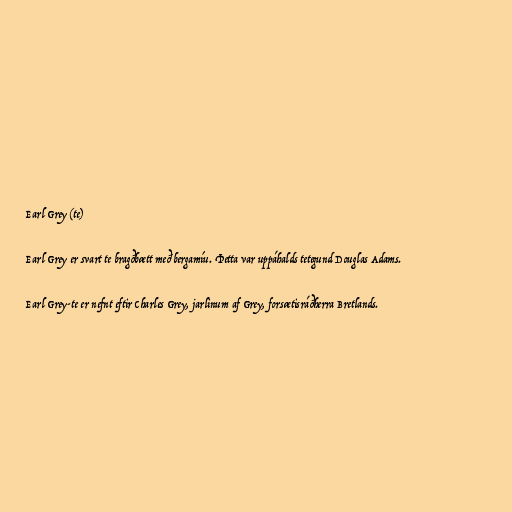
Earl Grey (te)

Earl Grey er svart te bragðbætt með bergamíu. Þetta var uppáhalds tetegund Douglas Adams.

Earl Grey-te er nefnt eftir Charles Grey, jarlinum af Grey, forsætisráðherra Bretlands.